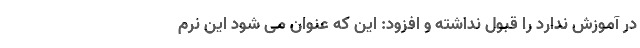
در آموزش ندارد را قبول نداشته و افزود: این که عنوان می شود این نرم